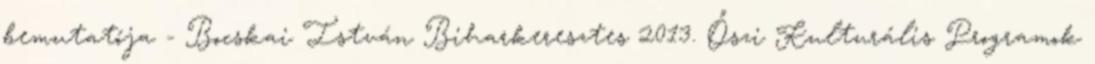
bemutatója - Bocskai István Biharkeresztes 2013. Őszi Kulturális Programok